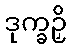
ဒုက္ခဉှိ